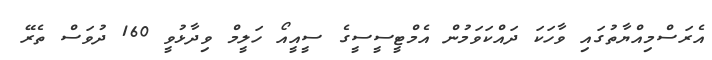
އެރަސްމިއްޔާތުގައި ވާހަކަ ދައްކަވަމުން އެމްޓީސީސީގެ ސީއީއޯ ހަލީމް ވިދާޅުވީ 160 ދުވަސް ތެރޭ